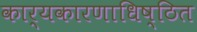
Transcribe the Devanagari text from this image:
कार्यकारणाधिष्ठित